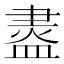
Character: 䀆